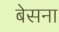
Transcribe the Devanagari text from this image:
बेसना